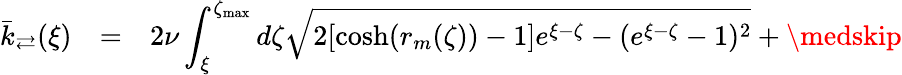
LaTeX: \begin{array}{rll}{\bar{k}_{\rightleftarrows}(\xi)}&{=}&{\displaystyle 2\nu\int_{\xi}^{\zeta_{\operatorname*{max}}}d\zeta\sqrt{2[\cosh(r_{m}(\zeta))-1]e^{\xi-\zeta}-(e^{\xi-\zeta}-1)^{2}}+\medskip}\end{array}